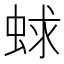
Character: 蛷